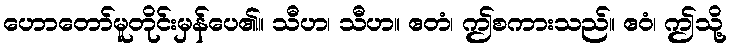
ဟောတော်မူတိုင်းမှန်ပေ၏။ သီဟ၊ သီဟ။ ဧတံ၊ ဤစကားသည်။ ဧဝံ၊ ဤသို့